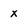
Character: x